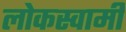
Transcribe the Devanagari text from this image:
लोकस्वामी